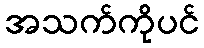
အသက်ကိုပင်